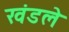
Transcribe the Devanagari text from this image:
खंडले